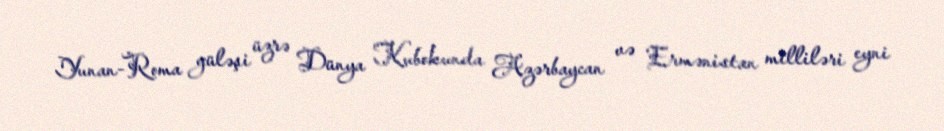
Yunan-Roma güləşi üzrə Dünya Kubokunda Azərbaycan və Ermənistan milliləri eyni